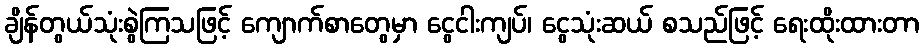
ချိန်တွယ်သုံးစွဲကြသဖြင့် ကျောက်စာတွေမှာ ငွေငါးကျပ်၊ ငွေသုံးဆယ် စသည်ဖြင့် ရေးထိုးထားတာ